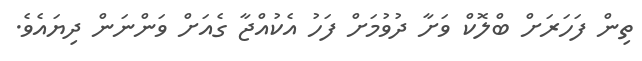
ތިން ފަހަރަށް ބްލޮކް ވަށާ ދުވުމަށް ފަހު އެކުއްޖާ ގެއަށް ވަންނަން ދިޔައެވެ.